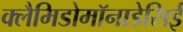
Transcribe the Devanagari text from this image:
क्लैमिडोमॉनाडेसिई